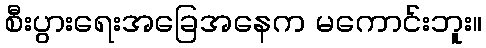
စီးပွားရေးအခြေအနေက မကောင်းဘူး။